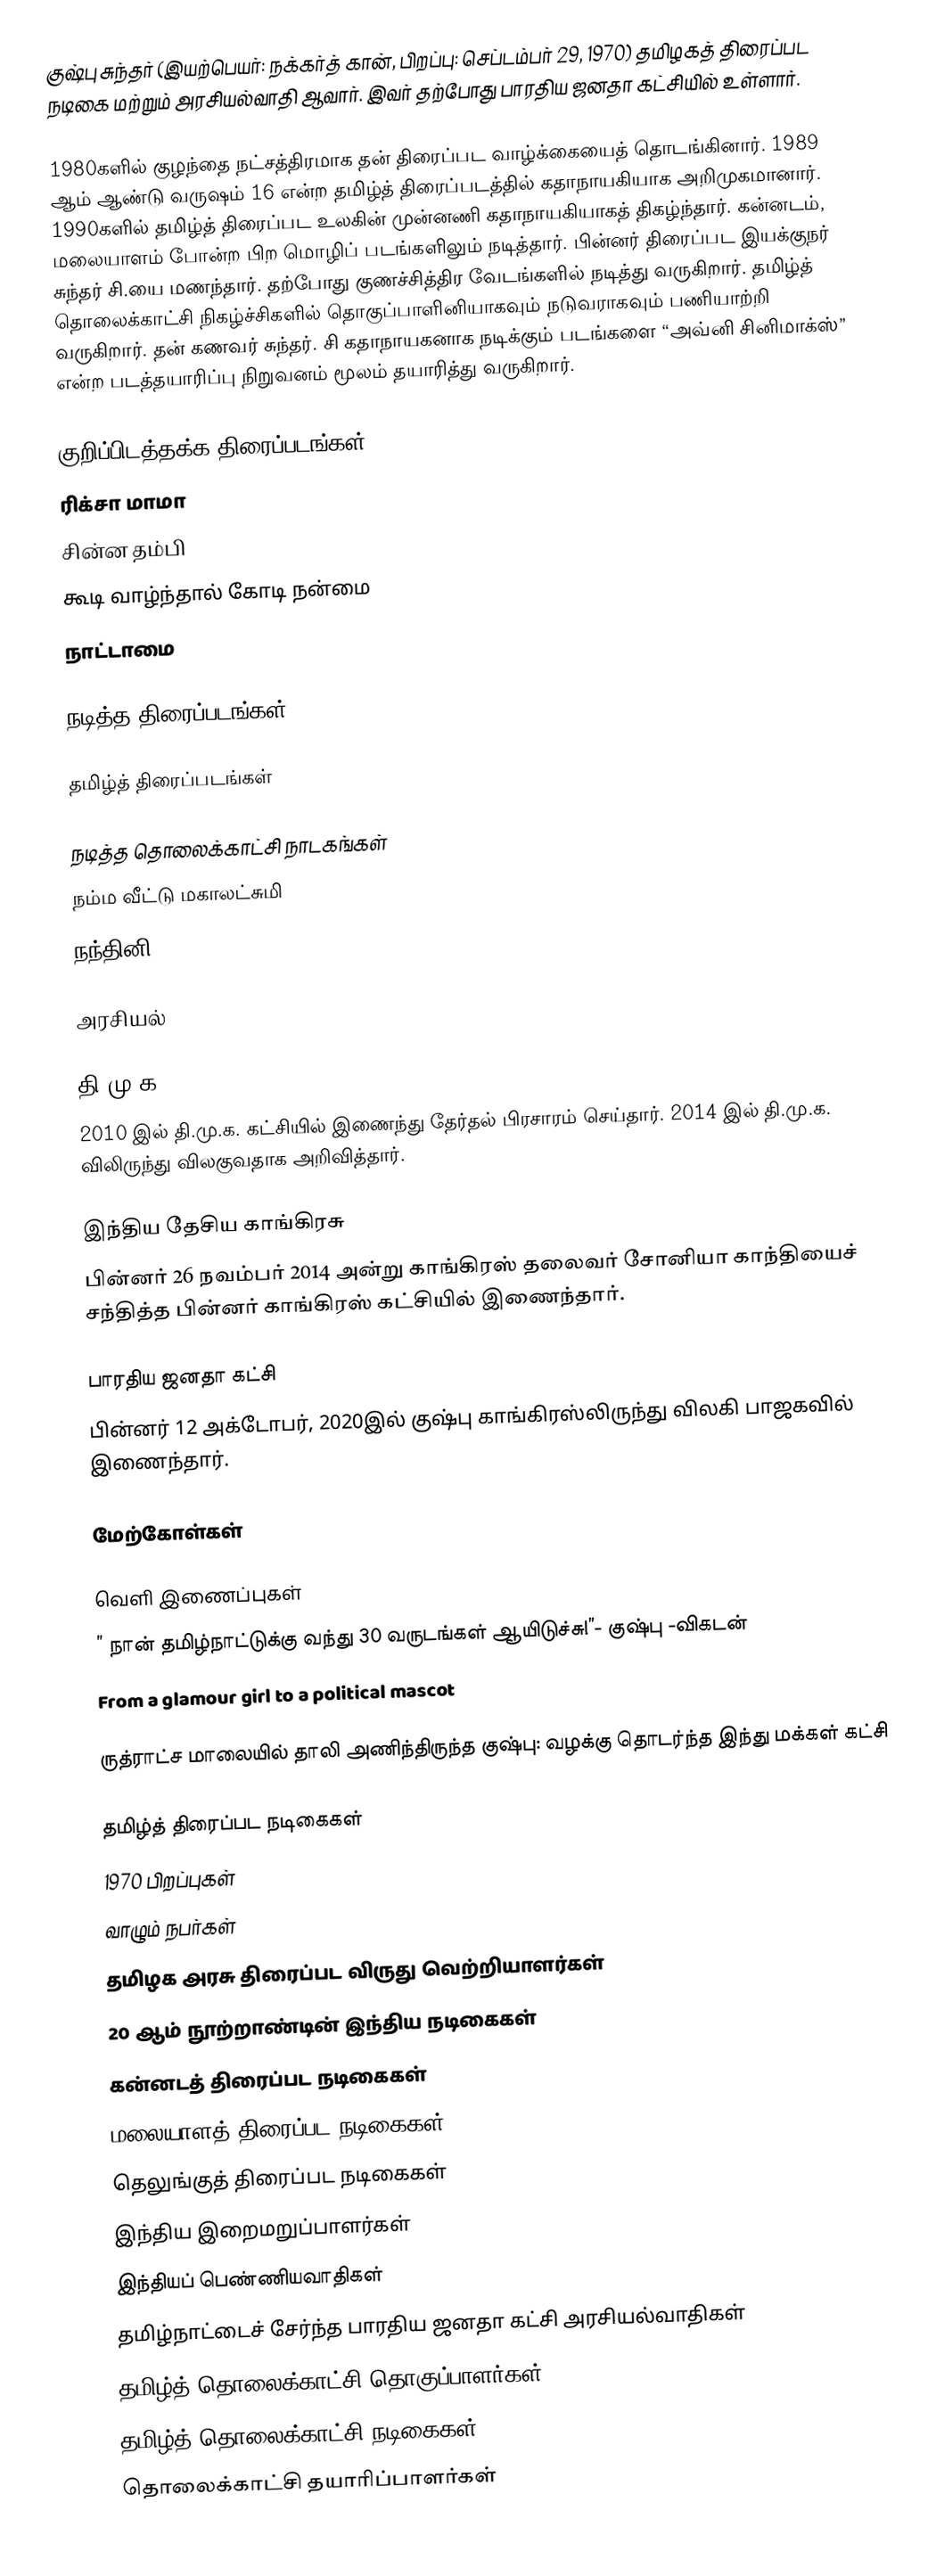
குஷ்பு சுந்தர் (இயற்பெயர்: நக்கர்த் கான், பிறப்பு: செப்டம்பர் 29, 1970) தமிழகத் திரைப்பட நடிகை மற்றும் அரசியல்வாதி ஆவார். இவர் தற்போது பாரதிய ஜனதா கட்சியில் உள்ளார்.

1980களில் குழந்தை நட்சத்திரமாக தன் திரைப்பட வாழ்க்கையைத் தொடங்கினார். 1989 ஆம் ஆண்டு வருஷம் 16 என்ற தமிழ்த் திரைப்படத்தில் கதாநாயகியாக அறிமுகமானார். 1990களில் தமிழ்த் திரைப்பட உலகின் முன்னணி கதாநாயகியாகத் திகழ்ந்தார். கன்னடம், மலையாளம் போன்ற பிற மொழிப் படங்களிலும் நடித்தார். பின்னர் திரைப்பட இயக்குநர் சுந்தர் சி.யை மணந்தார். தற்போது குணச்சித்திர வேடங்களில் நடித்து வருகிறார். தமிழ்த் தொலைக்காட்சி நிகழ்ச்சிகளில் தொகுப்பாளினியாகவும் நடுவராகவும் பணியாற்றி வருகிறார். தன் கணவர் சுந்தர். சி கதாநாயகனாக நடிக்கும் படங்களை “அவ்னி சினிமாக்ஸ்” என்ற படத்தயாரிப்பு நிறுவனம் மூலம் தயாரித்து வருகிறார்.

குறிப்பிடத்தக்க திரைப்படங்கள்
 ரிக்சா மாமா
 சின்ன தம்பி
 கூடி வாழ்ந்தால் கோடி நன்மை
 நாட்டாமை

நடித்த திரைப்படங்கள்

தமிழ்த் திரைப்படங்கள்

நடித்த தொலைக்காட்சி நாடகங்கள்
 நம்ம வீட்டு மகாலட்சுமி
 நந்தினி

அரசியல்

தி.மு.க.
2010 இல் தி.மு.க. கட்சியில் இணைந்து தேர்தல் பிரசாரம் செய்தார். 2014 இல்  தி.மு.க. விலிருந்து விலகுவதாக அறிவித்தார்.

இந்திய தேசிய காங்கிரசு
பின்னர் 26 நவம்பர் 2014 அன்று காங்கிரஸ் தலைவர் சோனியா காந்தியைச் சந்தித்த பின்னர் காங்கிரஸ் கட்சியில் இணைந்தார்.

பாரதிய ஜனதா கட்சி
பின்னர் 12 அக்டோபர், 2020இல் குஷ்பு காங்கிரஸ்லிருந்து விலகி பாஜகவில் இணைந்தார்.

மேற்கோள்கள்

வெளி இணைப்புகள்
 ” நான் தமிழ்நாட்டுக்கு வந்து 30 வருடங்கள் ஆயிடுச்சு!”- குஷ்பு -விகடன்
 From a glamour girl to a political mascot

 ருத்ராட்ச மாலையில் தாலி அணிந்திருந்த குஷ்பு: வழக்கு தொடர்ந்த இந்து மக்கள் கட்சி

தமிழ்த் திரைப்பட நடிகைகள்
1970 பிறப்புகள்
வாழும் நபர்கள்
தமிழக அரசு திரைப்பட விருது வெற்றியாளர்கள்
20 ஆம் நூற்றாண்டின் இந்திய நடிகைகள்
கன்னடத் திரைப்பட நடிகைகள்
மலையாளத் திரைப்பட நடிகைகள்
தெலுங்குத் திரைப்பட நடிகைகள்
இந்திய இறைமறுப்பாளர்கள்
இந்தியப் பெண்ணியவாதிகள்
தமிழ்நாட்டைச் சேர்ந்த பாரதிய ஜனதா கட்சி அரசியல்வாதிகள்
தமிழ்த் தொலைக்காட்சி தொகுப்பாளர்கள்
தமிழ்த் தொலைக்காட்சி நடிகைகள்
தொலைக்காட்சி தயாரிப்பாளர்கள்